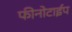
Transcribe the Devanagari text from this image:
फीनोटाईप